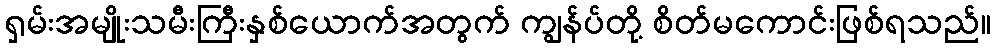
ရှမ်းအမျိုးသမီးကြီးနှစ်ယောက်အတွက် ကျွန်ပ်တို့ စိတ်မကောင်းဖြစ်ရသည်။